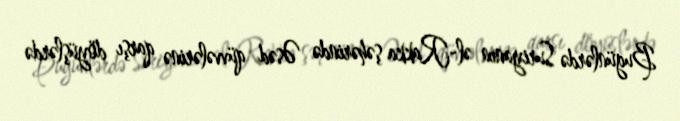
Bugünlərdə Suriyanın əl-Rakka şəhərində Əsəd qüvvələrinə qarşı döyüşlərdə